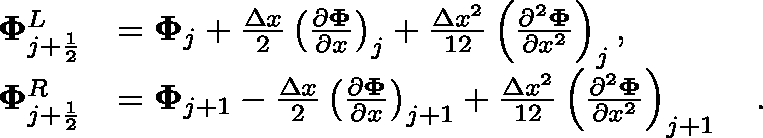
\begin{array} { r l } { \mathbf { \Phi } _ { j + \frac { 1 } { 2 } } ^ { L } } & { = \mathbf { { \Phi } } _ { j } + \frac { \Delta x } { 2 } \left( \frac { \partial \mathbf { \Phi } } { \partial x } \right) _ { j } + \frac { \Delta x ^ { 2 } } { 1 2 } \left( \frac { \partial ^ { 2 } \mathbf { \Phi } } { \partial x ^ { 2 } } \right) _ { j } , } \\ { \mathbf { \Phi } _ { j + \frac { 1 } { 2 } } ^ { R } } & { = \mathbf { { \Phi } } _ { j + 1 } - \frac { \Delta x } { 2 } \left( \frac { \partial \mathbf { \Phi } } { \partial x } \right) _ { j + 1 } + \frac { \Delta x ^ { 2 } } { 1 2 } \left( \frac { \partial ^ { 2 } \mathbf { \Phi } } { \partial x ^ { 2 } } \right) _ { j + 1 } \quad . } \end{array}